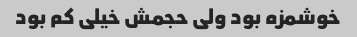
خوشمزه بود ولی حجمش خیلی کم بود